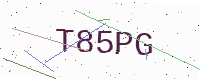
Text: T85PG